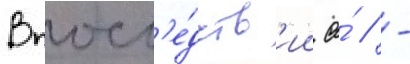
Впосл'е́дств'ии а́ // -